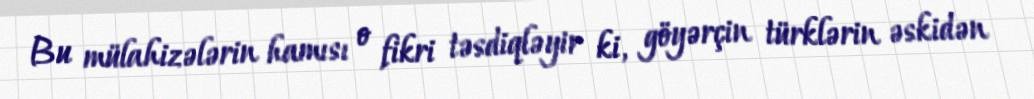
Bu mülahizələrin hamısı o fikri təsdiqləyir ki, göyərçin türklərin əskidən